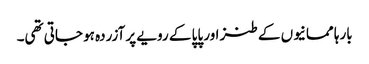
بارہا ممانیوں کے طنز اور پاپا کے رویے پر آزردہ ہو جاتی تھی۔